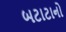
બટાટાનો